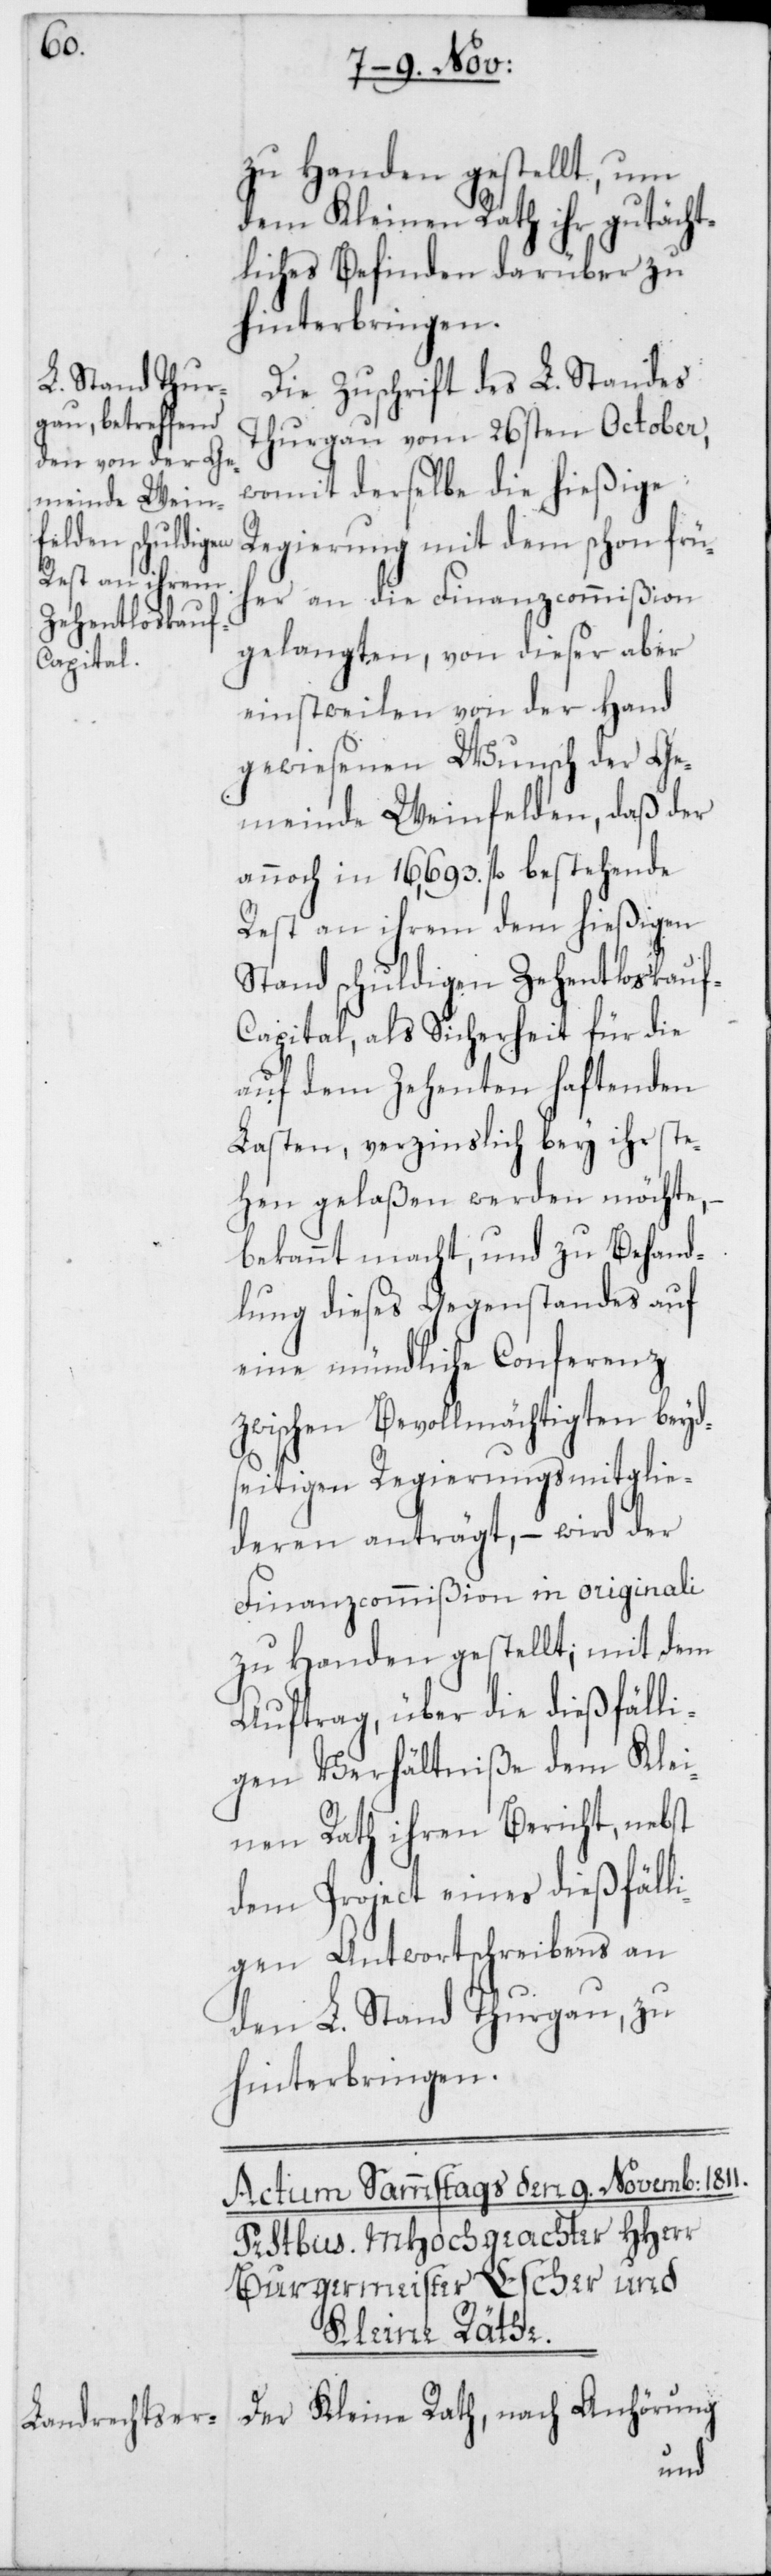
zu Handen gestellt, um
dem Kleinen Rath ihr gutächt¬
liches Befinden darüber zu
hinterbringen.
Die Zuschrift des L. Standes
Thurgau vom 26sten October,
womit derselbe die hießige
Regierung mit dem schon frü¬
her an die Finanzcommißion
gelangten, von dieser aber
einstweilen von der Hand
gewiesenen Wunsch der Ge¬
meinde Weinfelden, daß der
annoch in 16‘693. fl. bestehende
Rest an ihrem dem hießigen
Stand schuldigen Zehentloskau¬
f-Capital, als Sicherheit für die
auf dem Zehenten haftenden
Lasten, verzinslich bey ihr ste¬
hen gelaßen werden möchte, –
bekannt macht, und zu Behand¬
lung dieses Gegenstandes auf
eine mündliche Conferenz
zwischen Bevollmächtigten beyd¬
seitigen Regierungsmitglie¬
deren anträgt, – wird der
Finanzcommißion in Originali
zu Handen gestellt; mit dem
Auftrag, über die dießfälli¬
gen Verhältniße dem Klei¬
nen Rath ihren Bericht, nebst
dem Project eines dießfäll¬
igen Antwortschreibens an
den L. Stand Thurgau, zu
hinterbringen.
Der Kleine Rath, nach Anhörung